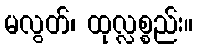
မလွတ်၊ ထုလ္လစ္စည်း။